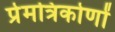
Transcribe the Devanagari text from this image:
प्रेमत्रिकोणों